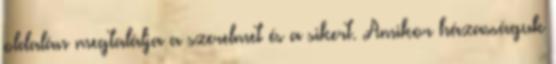
oldalán megtalálja a szerelmet és a sikert. Amikor házasságuk